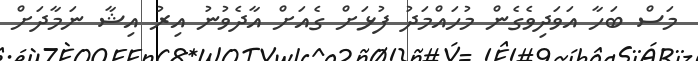
މަސް ބަހާ އަވަދިވެގެން މުހައްމަދު ފުޅަށް ގެއަށް އާދެވުނު އިރު އިޝާ ނަމާދަށް